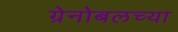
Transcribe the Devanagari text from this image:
ग्रेनोबलच्या